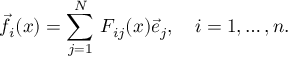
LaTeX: { \vec { f } } _ { i } ( x ) = \sum _ { j = 1 } ^ { N } \, F _ { i j } ( x ) { \vec { e } } _ { j } , \quad i = 1 , \ldots , n .